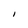
Character: I